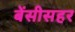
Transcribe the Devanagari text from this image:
बेंसीसहर